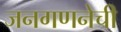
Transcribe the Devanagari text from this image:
जनगणनेची